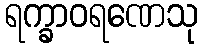
ရက္ခာဝရဏေသု